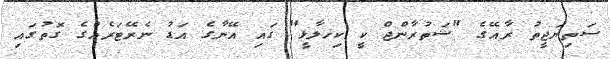
ސަތިޔަޖީތު ރާއޭގެ "ޝަތުރާންޖް ކީ ކިހލާޅީ" ގައި އޭނާގެ އަޑު ނެރޭޓަރެއްގެ ގޮތުގައި